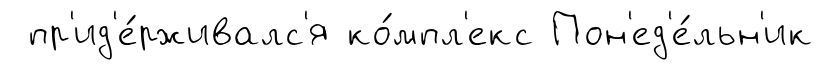
пр'ид'е́рживалс'я ко́мпл'екс Пон'ед'е́льн'ик